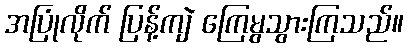
အပြုံလိုက် ပြန့်ကျဲ ကြေမွသွားကြသည်။